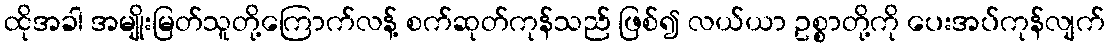
ထိုအခါ အမျိုးမြတ်သူတို့ကြောက်လန့် စက်ဆုတ်ကုန်သည် ဖြစ်၍ လယ်ယာ ဥစ္စာတို့ကို ပေးအပ်ကုန်လျက်